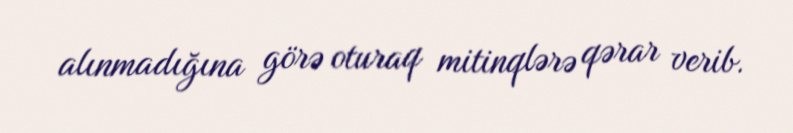
alınmadığına görə oturaq mitinqlərə qərar verib.